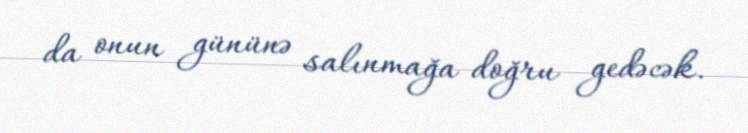
da onun gününə salınmağa doğru gedəcək.